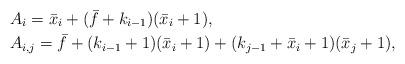
LaTeX: \begin{align*} &A_i=\bar{x}_i+(\bar{f}+k_{i-1})(\bar{x}_i+1),\\ &A_{i,j}=\bar{f}+(k_{i-1}+1)(\bar{x}_i+1)+(k_{j-1}+\bar{x}_i+1)(\bar{x}_j+1),\end{align*}